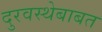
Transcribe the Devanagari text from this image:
दुरवस्थेबाबत